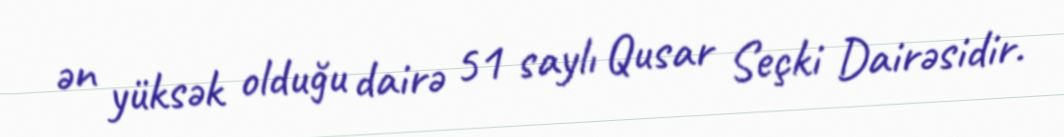
ən yüksək olduğu dairə 51 saylı Qusar Seçki Dairəsidir.